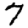
Digit: 7